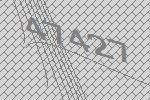
47427